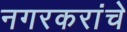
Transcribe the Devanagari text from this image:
नगरकरांचे